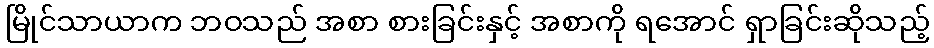
မြိုင်သာယာက ဘဝသည် အစာ စားခြင်းနှင့် အစာကို ရအောင် ရှာခြင်းဆိုသည့်